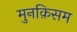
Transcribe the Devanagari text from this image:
मुनक़िसम